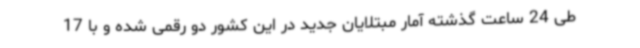
طی 24 ساعت گذشته آمار مبتلایان جدید در این کشور دو رقمی شده و با 17